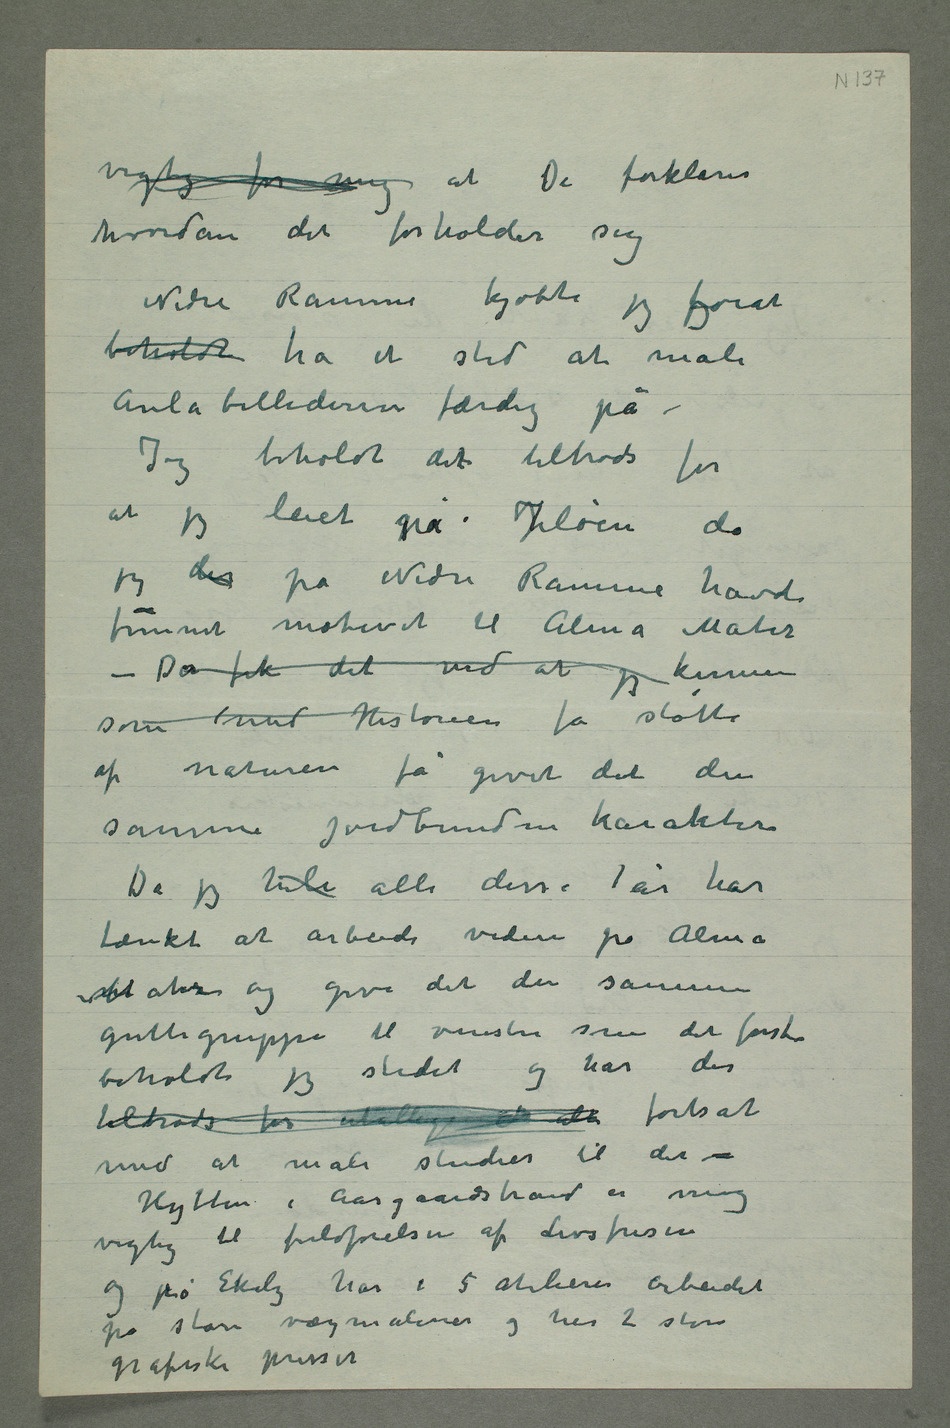
vigtig for mig at De forklarer
hvordan det forholder sig
Nedre Ramme kjøbte jeg ogforat
beholdt ha et sted at male
Aulabillederne færdig på –
Jeg beholdt det tiltrods for
at jeg leiet på Jeløen da
jeg der på Nedre Ramme havde
funnet motivet til Alma Mater
– De fik det ved at jeg kunne
som med Historien få støtte
af naturen få givet det den
samme jordbundne karakter
Da jeg hele alle disse år har
tænkt at arbeide videre på Alma
mMater og give det den samme
guttegruppe til venstre som det første
beholdt jeg stedet og har der
tiltrods for utallige   fortsat
med at male studier til det –
Hytten i Aasgaardstrand er mig
vigtig til fuldførelsen af Livsfrisen
og på Ekely har i 5 atelierer arbeidet
på store vægmalerier og har 2 store
grafiske presser